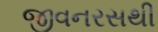
જીવનરસથી